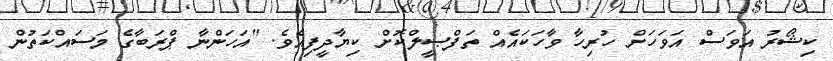
ކިޝޯރު އަވަސް އަވަހަށް ހުރިހާ ވާހަކައެއް ތަފްޞީލްކޮށް ކިޔާދީފިއެވެ. "އަހަންނާ ޕްރަބާގެ މަސައްކަތުން